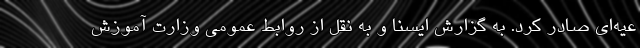
عیه‌ای صادر کرد. به گزارش ایسنا و به نقل از روابط عمومی وزارت آموزش